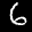
Label: 6